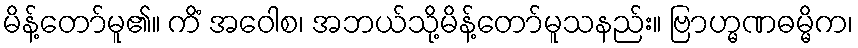
မိန့်တော်မူ၏။ ကိံ အဝေါစ၊ အဘယ်သို့မိန့်တော်မူသနည်း။ ဗြာဟ္မဏဓမ္မိက၊